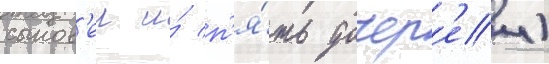
сынов'еи и́ п'я́ть дочер'еи)